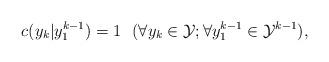
LaTeX: \begin{align*}c(y_k | y_1^{k-1}) = 1 ~~(\forall y_k \in \mathcal{Y}; \forall y_1^{k-1} \in \mathcal{Y}^{k-1}),\end{align*}